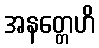
အနတ္တေဟိ